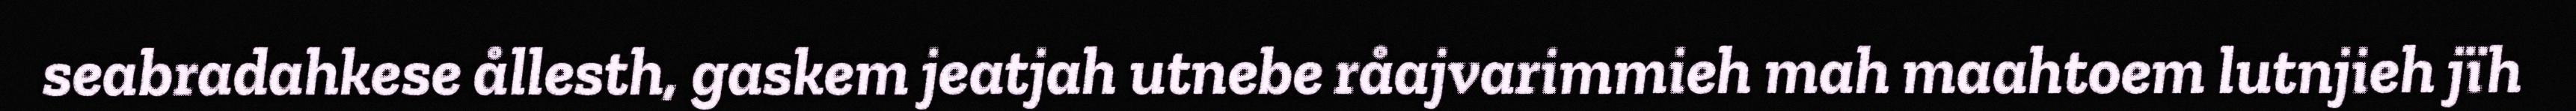
seabradahkese ållesth, gaskem jeatjah utnebe råajvarimmieh mah maahtoem lutnjieh jïh